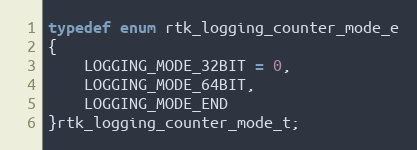
Language: C
typedef enum rtk_logging_counter_mode_e
{
    LOGGING_MODE_32BIT = 0,
    LOGGING_MODE_64BIT,
    LOGGING_MODE_END
}rtk_logging_counter_mode_t;